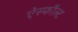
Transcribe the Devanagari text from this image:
ऐस्फौल्ट